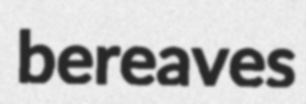
bereaves